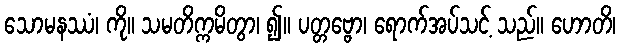
သောမနဿံ၊ ကို။ သမတိက္ကမိတွာ၊ ၍။ ပတ္တဗ္ဗော၊ ရောက်အပ်သင့် သည်။ ဟောတိ၊